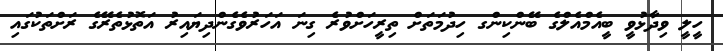
ހީލީ ވިދާޅުވީ ބީއެމްއެލްގެ ބޭންކިންގ ހިދުމަތަށް ތިރީހަށްވުރެ ގިނަ އަހަރުވެގެންދިޔައިރު އަތޮޅުތެރޭގެ ރަށްތަކުގައި